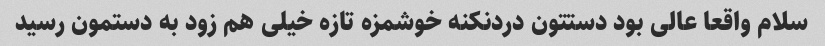
سلام واقعا عالی بود دستتون دردنکنه خوشمزه تازه خیلی هم زود به دستمون رسید